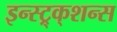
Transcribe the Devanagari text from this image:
इन्स्ट्र्क्शन्स